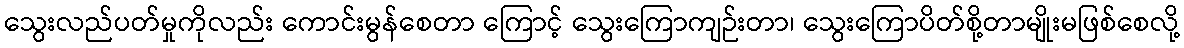
သွေးလည်ပတ်မှုကိုလည်း ကောင်းမွန်စေတာ ကြောင့် သွေးကြောကျဉ်းတာ၊ သွေးကြောပိတ်စို့တာမျိုးမဖြစ်စေလို့